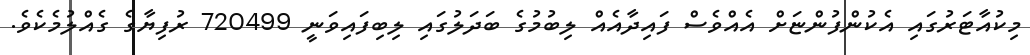
މިކުއާޓަރުގައި އެކުންފުންޏަށް އެއްވެސް ފައިދާއެއް ލިބުމުގެ ބަދަލުގައި ލިބިފައިވަނީ 720499 ރުފިޔާގެ ގެއްލުމެކެވެ.